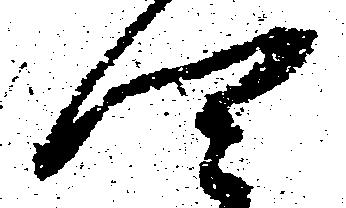
四